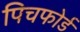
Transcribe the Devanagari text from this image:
पिचफोर्ड